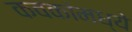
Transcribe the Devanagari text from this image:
कवकांमध्ये